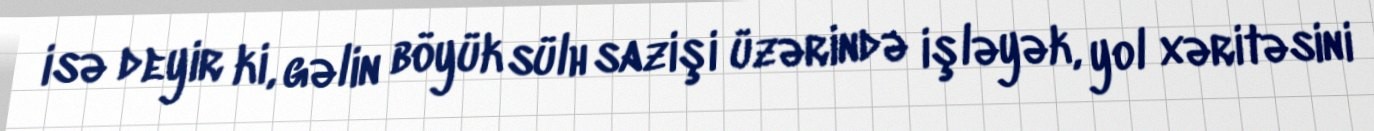
isə deyir ki, gəlin böyük sülh sazişi üzərində işləyək, yol xəritəsini